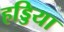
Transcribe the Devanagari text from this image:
हड्डिया